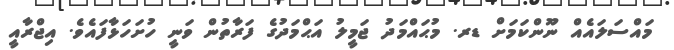
މައްސަލައެއް ނޫންކަމަށް ޑރ. މުޙައްމަދު ޖަމީލު އަޙްމަދުގެ ފަރާތުން ވަނީ ހުށަހަޅާފައެވެ. އިޖްރާއީ